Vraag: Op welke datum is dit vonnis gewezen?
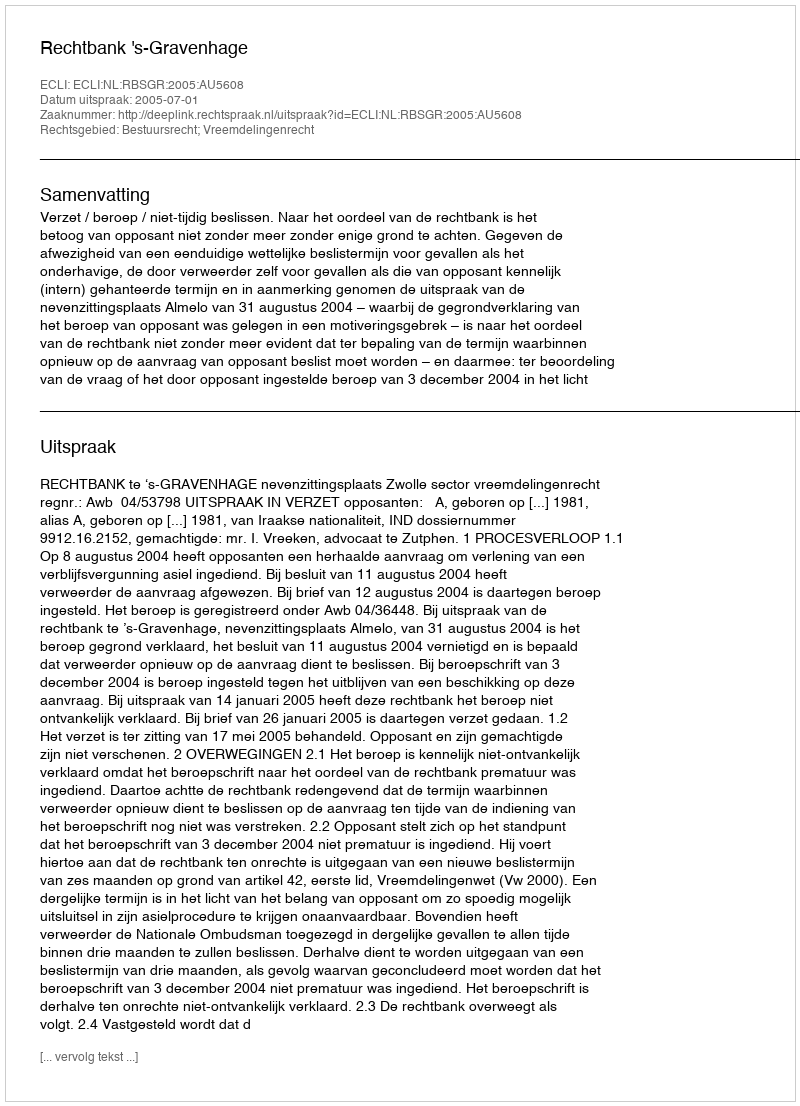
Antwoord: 2005-07-01